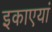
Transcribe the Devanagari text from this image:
इकाएयां